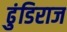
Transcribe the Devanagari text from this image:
ढुंडिराज